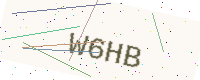
Text: W6HB